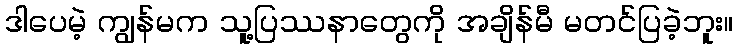
ဒါပေမဲ့ ကျွန်မက သူ့ပြဿနာတွေကို အချိန်မီ မတင်ပြခဲ့ဘူး။